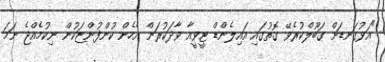
"އަޅުގަނޑަށް ގަބޫލްކުރެވޭ ގޮތުގައި އައިލެންޑް ޓީވީއާ ވާދަކުރަން އެހެން ކުންފުންޏަކުން ނިކުމެއްޖެ ނަމަ